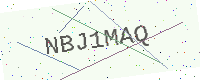
Text: NBJ1MAQ